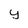
Character: y